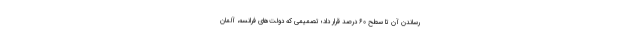
رساندن آن تا سطح ۶۰ درصد قرار داد؛ تصمیمی که دولت‌های فرانسه، آلمان